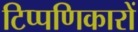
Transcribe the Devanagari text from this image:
टिप्पणिकारों